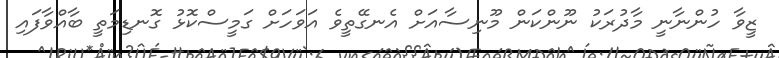
ޒީވާ ހުންނާނީ މާދުރަކު ނޫންކަން މޫނިސާއަށް އެނގޭތީވެ އަވަހަށް ގަމީސްކޮޅު ގޮނޑިމަތީ ބާއްވާފައި